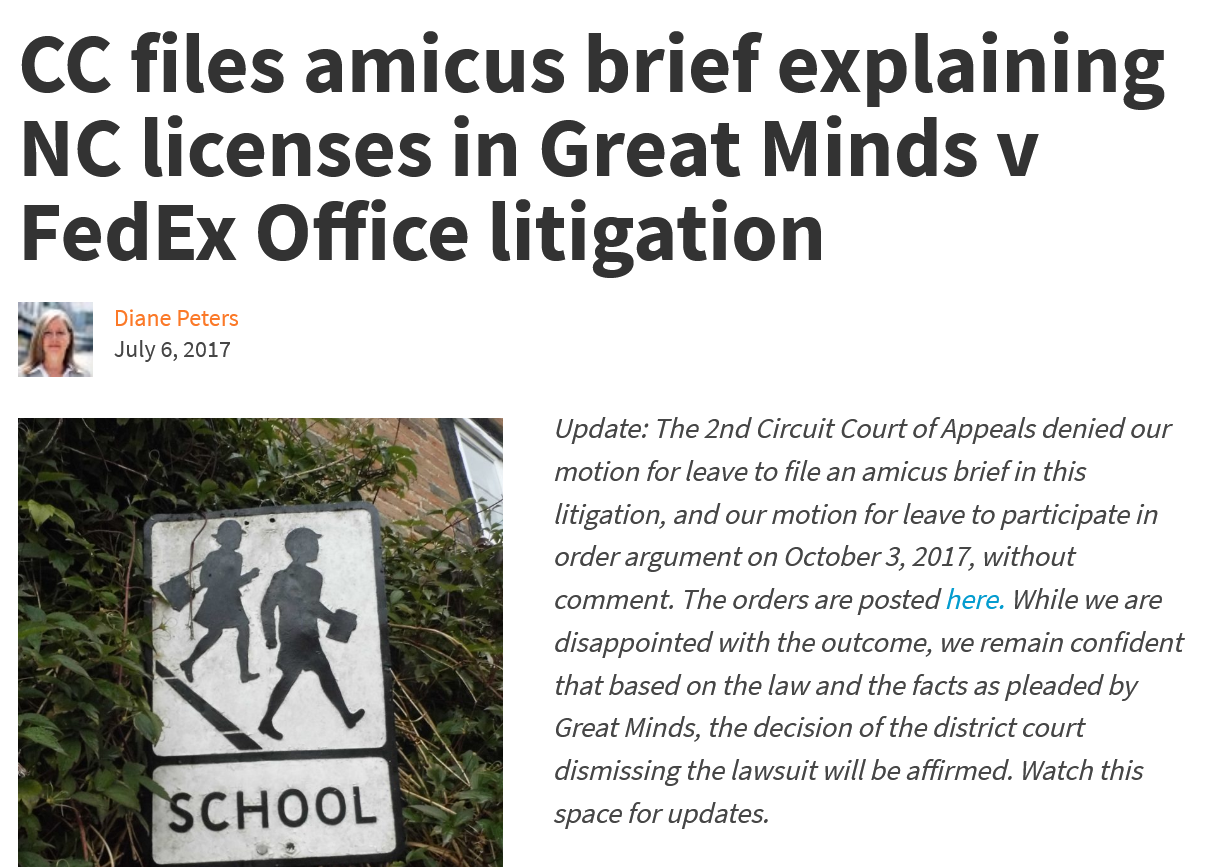
CC    files    amicus    brief    explaining
  NC    licenses    in    Great    Minds    v
  FedEx    Office    litigation
     Diane Peters
     July 6, 2017
     Update: The 2nd Circuit Court of Appeals denied our
     motion for leave to file an amicus brief in this
     litigation, and our motion for leave to participate in
     order argument on October 3, 2017, without
     comment.  The orders are posted here. While we are
     disappointed with the outcome, we remain confident
     that based on the law and the facts as pleaded by
     Great Minds, the decision of the district court
     dismissing the lawsuit will be affirmed. Watch this
     space for updates.